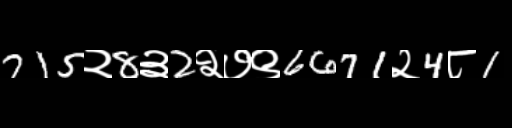
Text: 715२8३2२७९6671२4८1